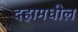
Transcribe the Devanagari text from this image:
दहामधील